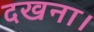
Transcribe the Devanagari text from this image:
दखना।